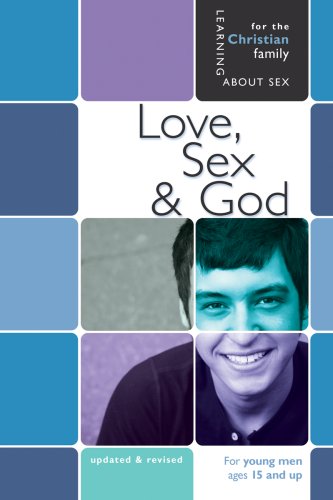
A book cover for Love, Sex & God (Learning about Sex); Bill Ameiss; Teen & Young Adult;